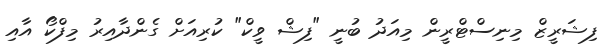
ފިޝަރީޒް މިނިސްޓްރީން މިއަދު ބުނީ "ފިޝް ވީކް" ކުރިއަށް ގެންދާއިރު މިފްކޯ އާއި